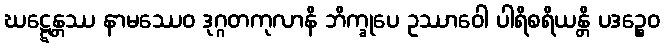
ဃဋ္ဋေန္တဿ နာမဿေဝ ဒုဂ္ဂတကုလာနိ ဘိက္ခုပေ ဥဿာဝေါ ပါရိစရိယန္တိ ပဒဉ္စေဝ